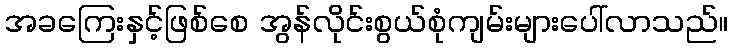
အခကြေးနှင့်ဖြစ်စေ အွန်လိုင်းစွယ်စုံကျမ်းများပေါ်လာသည်။